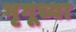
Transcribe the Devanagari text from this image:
भृगूच्या